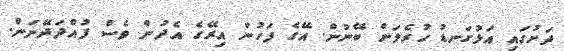
ދަށުގައި އަޅުގަނޑު ހުރެލަން ބޭނުން. އޭގެ ފަހުން އިރޭގެ އެދުން ވެސް ފުއްދަދޭނަން.